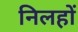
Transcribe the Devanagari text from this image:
निलहों